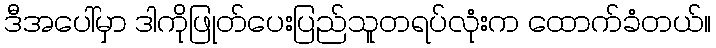
ဒီအပေါ်မှာ ဒါကိုဖြုတ်ပေးပြည်သူတရပ်လုံးက ထောက်ခံတယ်။